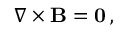
\nabla \times \mathbf { B } = \mathbf { 0 } \, ,